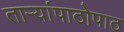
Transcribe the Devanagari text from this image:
ताऱ्यांपाठोपाठ